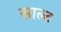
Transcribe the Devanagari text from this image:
साल्‍ट